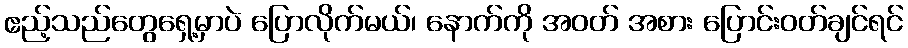
ဧည့်သည်တွေရှေ့မှာပဲ ပြောလိုက်မယ်၊ နောက်ကို အဝတ် အစား ပြောင်းဝတ်ချင်ရင်